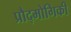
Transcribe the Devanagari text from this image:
प्रौद्मोगिकी